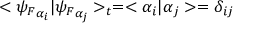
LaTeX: < { \psi _ { F } } _ { \alpha _ { i } } | { \psi _ { F } } _ { \alpha _ { j } } > _ { t } = < \alpha _ { i } | \alpha _ { j } > = \delta _ { i j }